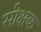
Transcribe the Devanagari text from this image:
सीक्षक